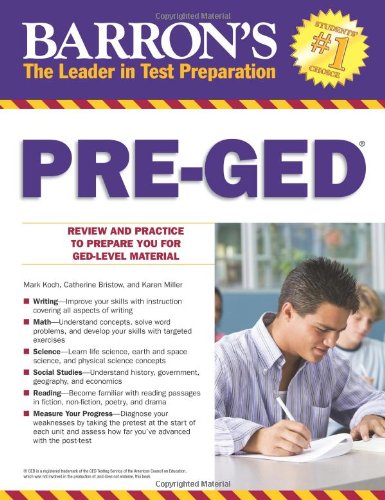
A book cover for Barron's Pre-GED; Mark Koch; Test Preparation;